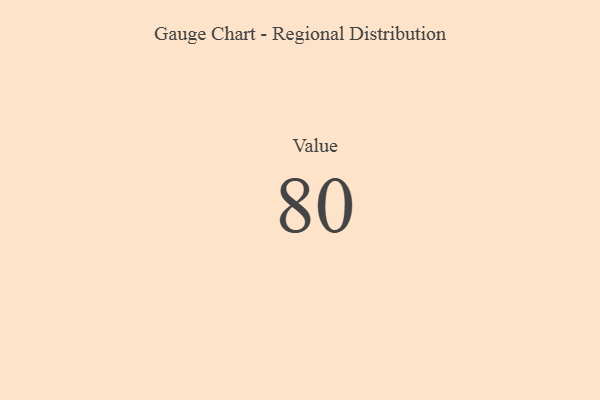
{"axis": {"x": "Metric", "y": "Value"}, "legend": [""], "data": [{"x": "Value", "y": 80, "type": ""}]}